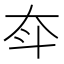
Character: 𡗴